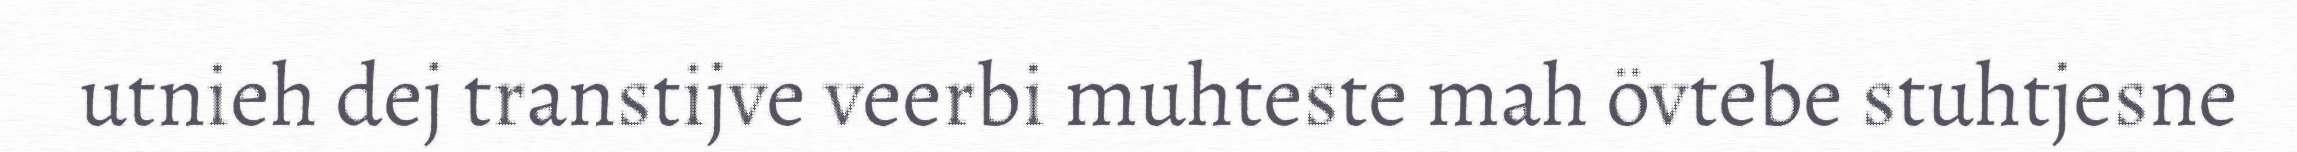
utnieh dej transtijve veerbi muhteste mah övtebe stuhtjesne